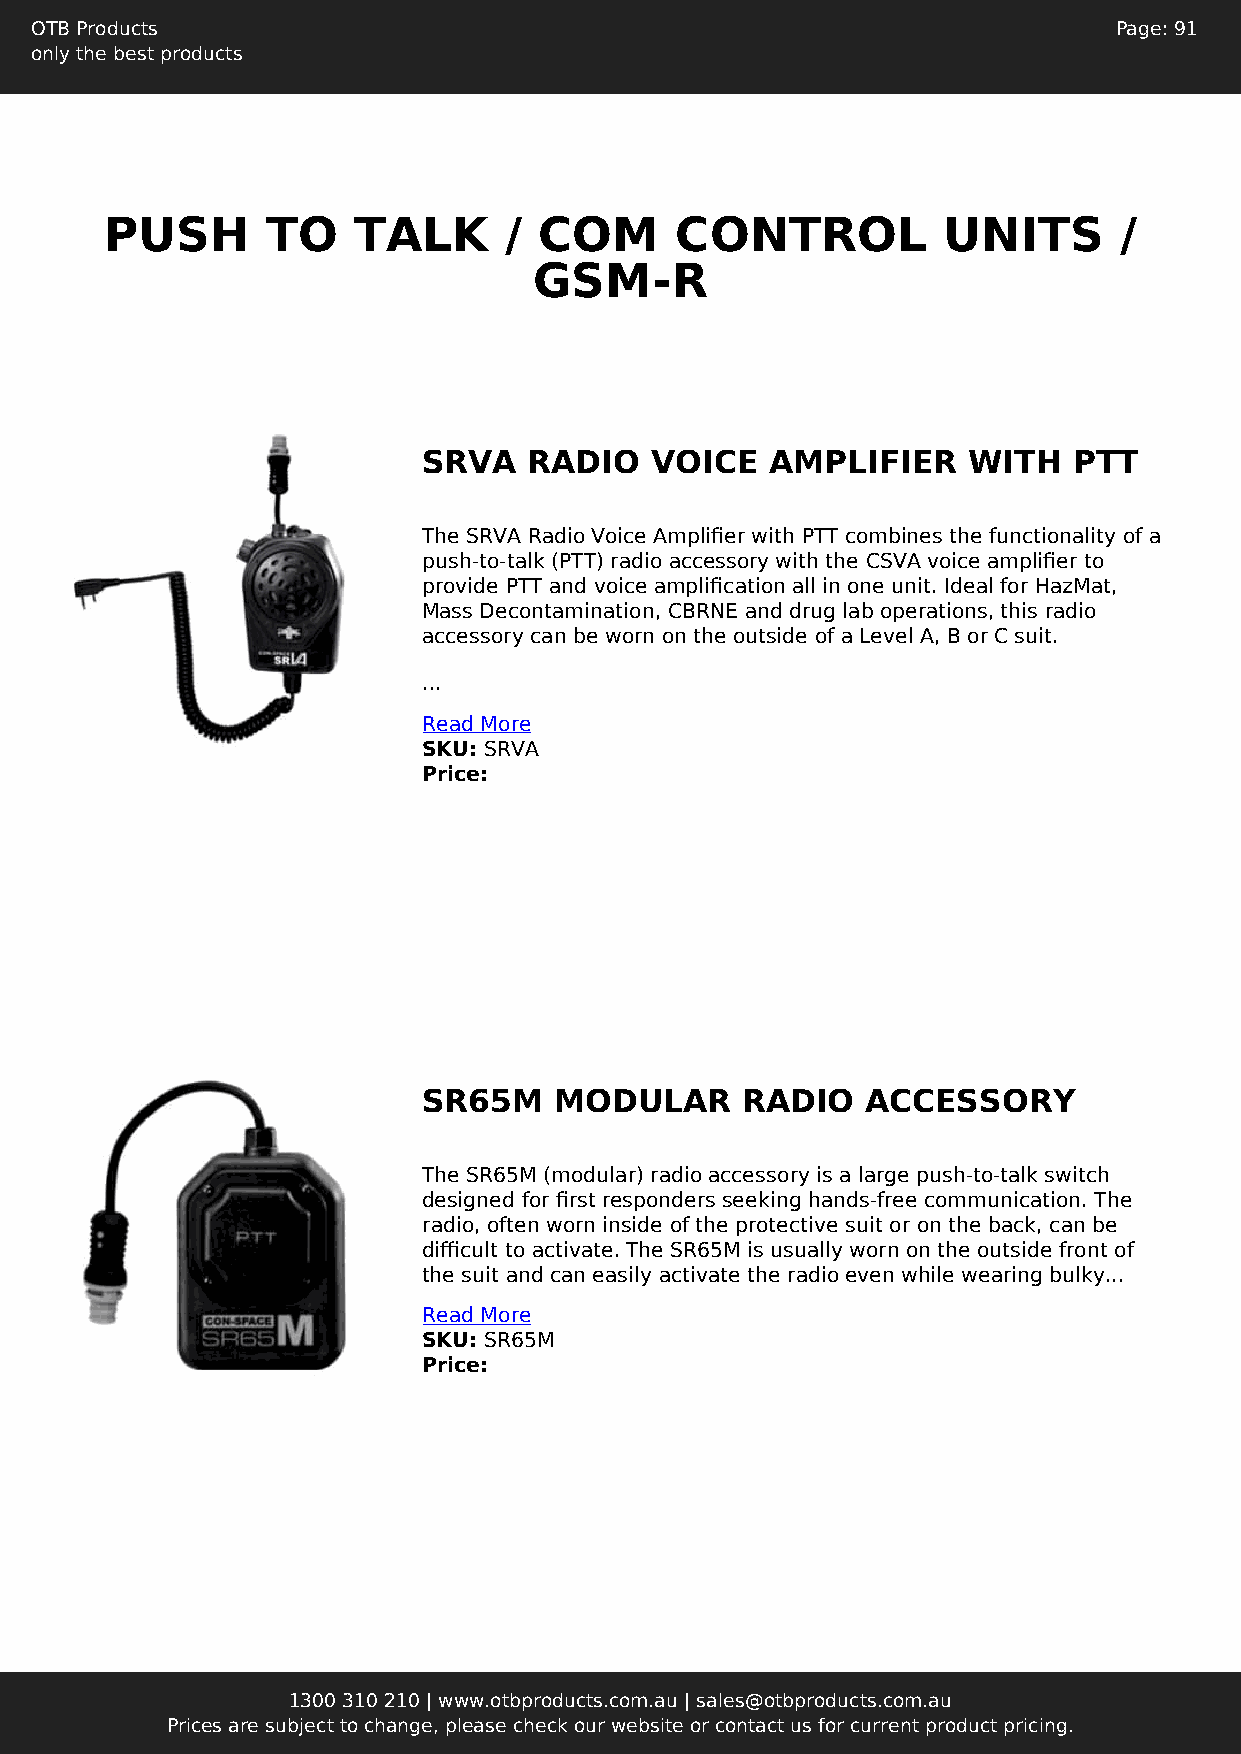
OTB Products                                                            Page: 91
 only the best products
 PUSH       TO   TALK      /  COM      CONTROL          UNITS       /
 GSM-R
 SRVA   RADIO   VOICE   AMPLIFIER    WITH   PTT
 The SRVA Radio Voice Amplifier with PTT combines the functionality of a
 push-to-talk (PTT) radio accessory with the CSVA voice amplifier to
 provide PTT and voice amplification all in one unit. Ideal for HazMat,
 Mass Decontamination, CBRNE and drug lab operations, this radio
 accessory can be worn on the outside of a Level A, B or C suit.
 ...
 Read More
 SKU: SRVA
 Price:
 SR65M    MODULAR     RADIO   ACCESSORY
 The SR65M (modular) radio accessory is a large push-to-talk switch
 designed for first responders seeking hands-free communication. The
 radio, often worn inside of the protective suit or on the back, can be
 difficult to activate. The SR65M is usually worn on the outside front of
 the suit and can easily activate the radio even while wearing bulky...
 Read More
 SKU: SR65M
 Price:
 1300 310 210 | www.otbproducts.com.au | sales@otbproducts.com.au
 Prices are subject to change, please check our website or contact us for current product pricing.